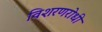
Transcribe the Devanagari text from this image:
विशरणरोधी